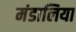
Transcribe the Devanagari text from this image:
मंडालिया